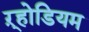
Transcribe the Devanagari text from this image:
ऱ्होडियम